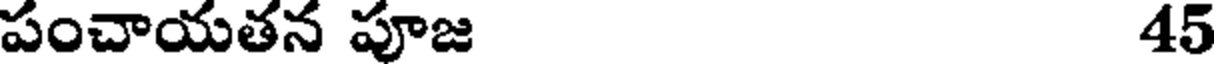
పంచాయతన పూజ 45